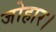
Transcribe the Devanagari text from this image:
जोहार।